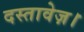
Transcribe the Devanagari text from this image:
दस्तावेज़।